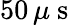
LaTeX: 50\, \mu\mathrm{~s~}